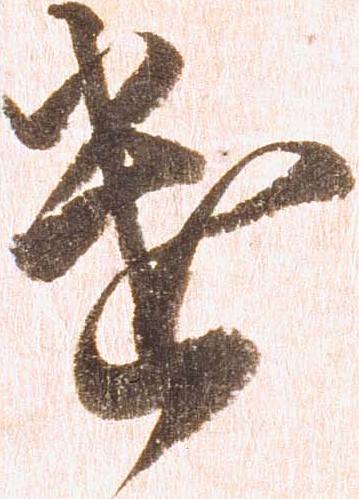
遣